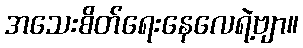
အသေးစိတ်ရေးနေလေရဲ့ဗျာ။